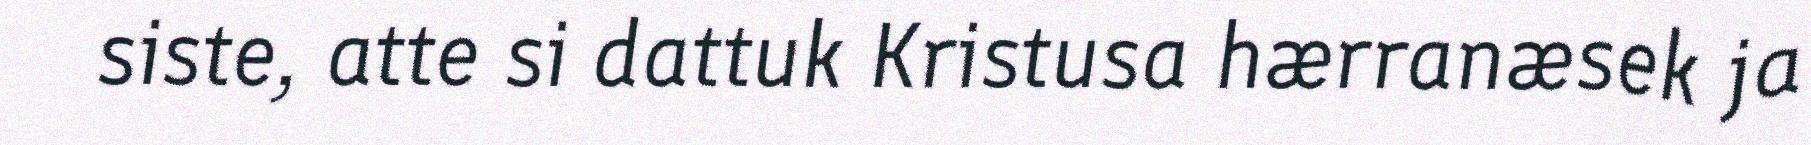
siste, atte si dattuk Kristusa hærranæsek ja